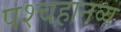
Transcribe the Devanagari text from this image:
पश्चहानव्य